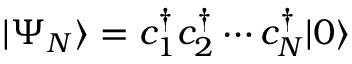
| \Psi _ { N } \rangle = c _ { 1 } ^ { \dagger } c _ { 2 } ^ { \dagger } \cdots c _ { N } ^ { \dagger } | 0 \rangle